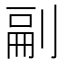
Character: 𭃴